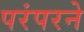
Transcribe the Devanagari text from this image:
परंपरने